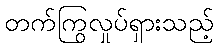
တက်ကြွလှုပ်ရှားသည့်